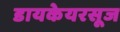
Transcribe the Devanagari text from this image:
डायकेयरसूज